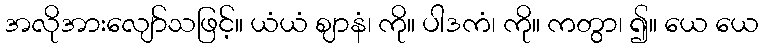
အလိုအားလျော်သဖြင့်။ ယံယံ ဈာနံ၊ ကို။ ပါဒကံ၊ ကို။ ကတွာ၊ ၍။ ယေ ယေ